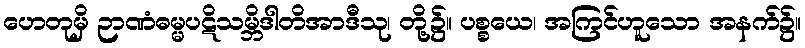
ဟေတုမှိ ဉာဏံဓမ္မပဋိသမ္ဘိဒါတိအာဒီသု၊ တို့၌။ ပစ္စယေ၊ အကြင်ဟူသော အနက်၌။